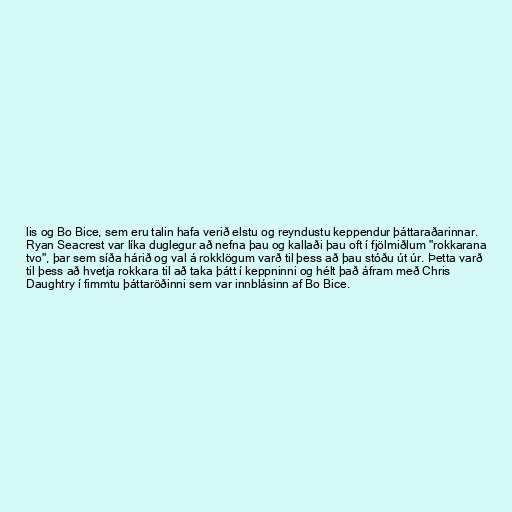
lis og Bo Bice, sem eru talin hafa verið elstu og reyndustu keppendur þáttaraðarinnar.
Ryan Seacrest var líka duglegur að nefna þau og kallaði þau oft í fjölmiðlum "rokkarana
tvo", þar sem síða hárið og val á rokklögum varð til þess að þau stóðu út úr. Þetta varð
til þess að hvetja rokkara til að taka þátt í keppninni og hélt það áfram með Chris
Daughtry í fimmtu þáttaröðinni sem var innblásinn af Bo Bice.